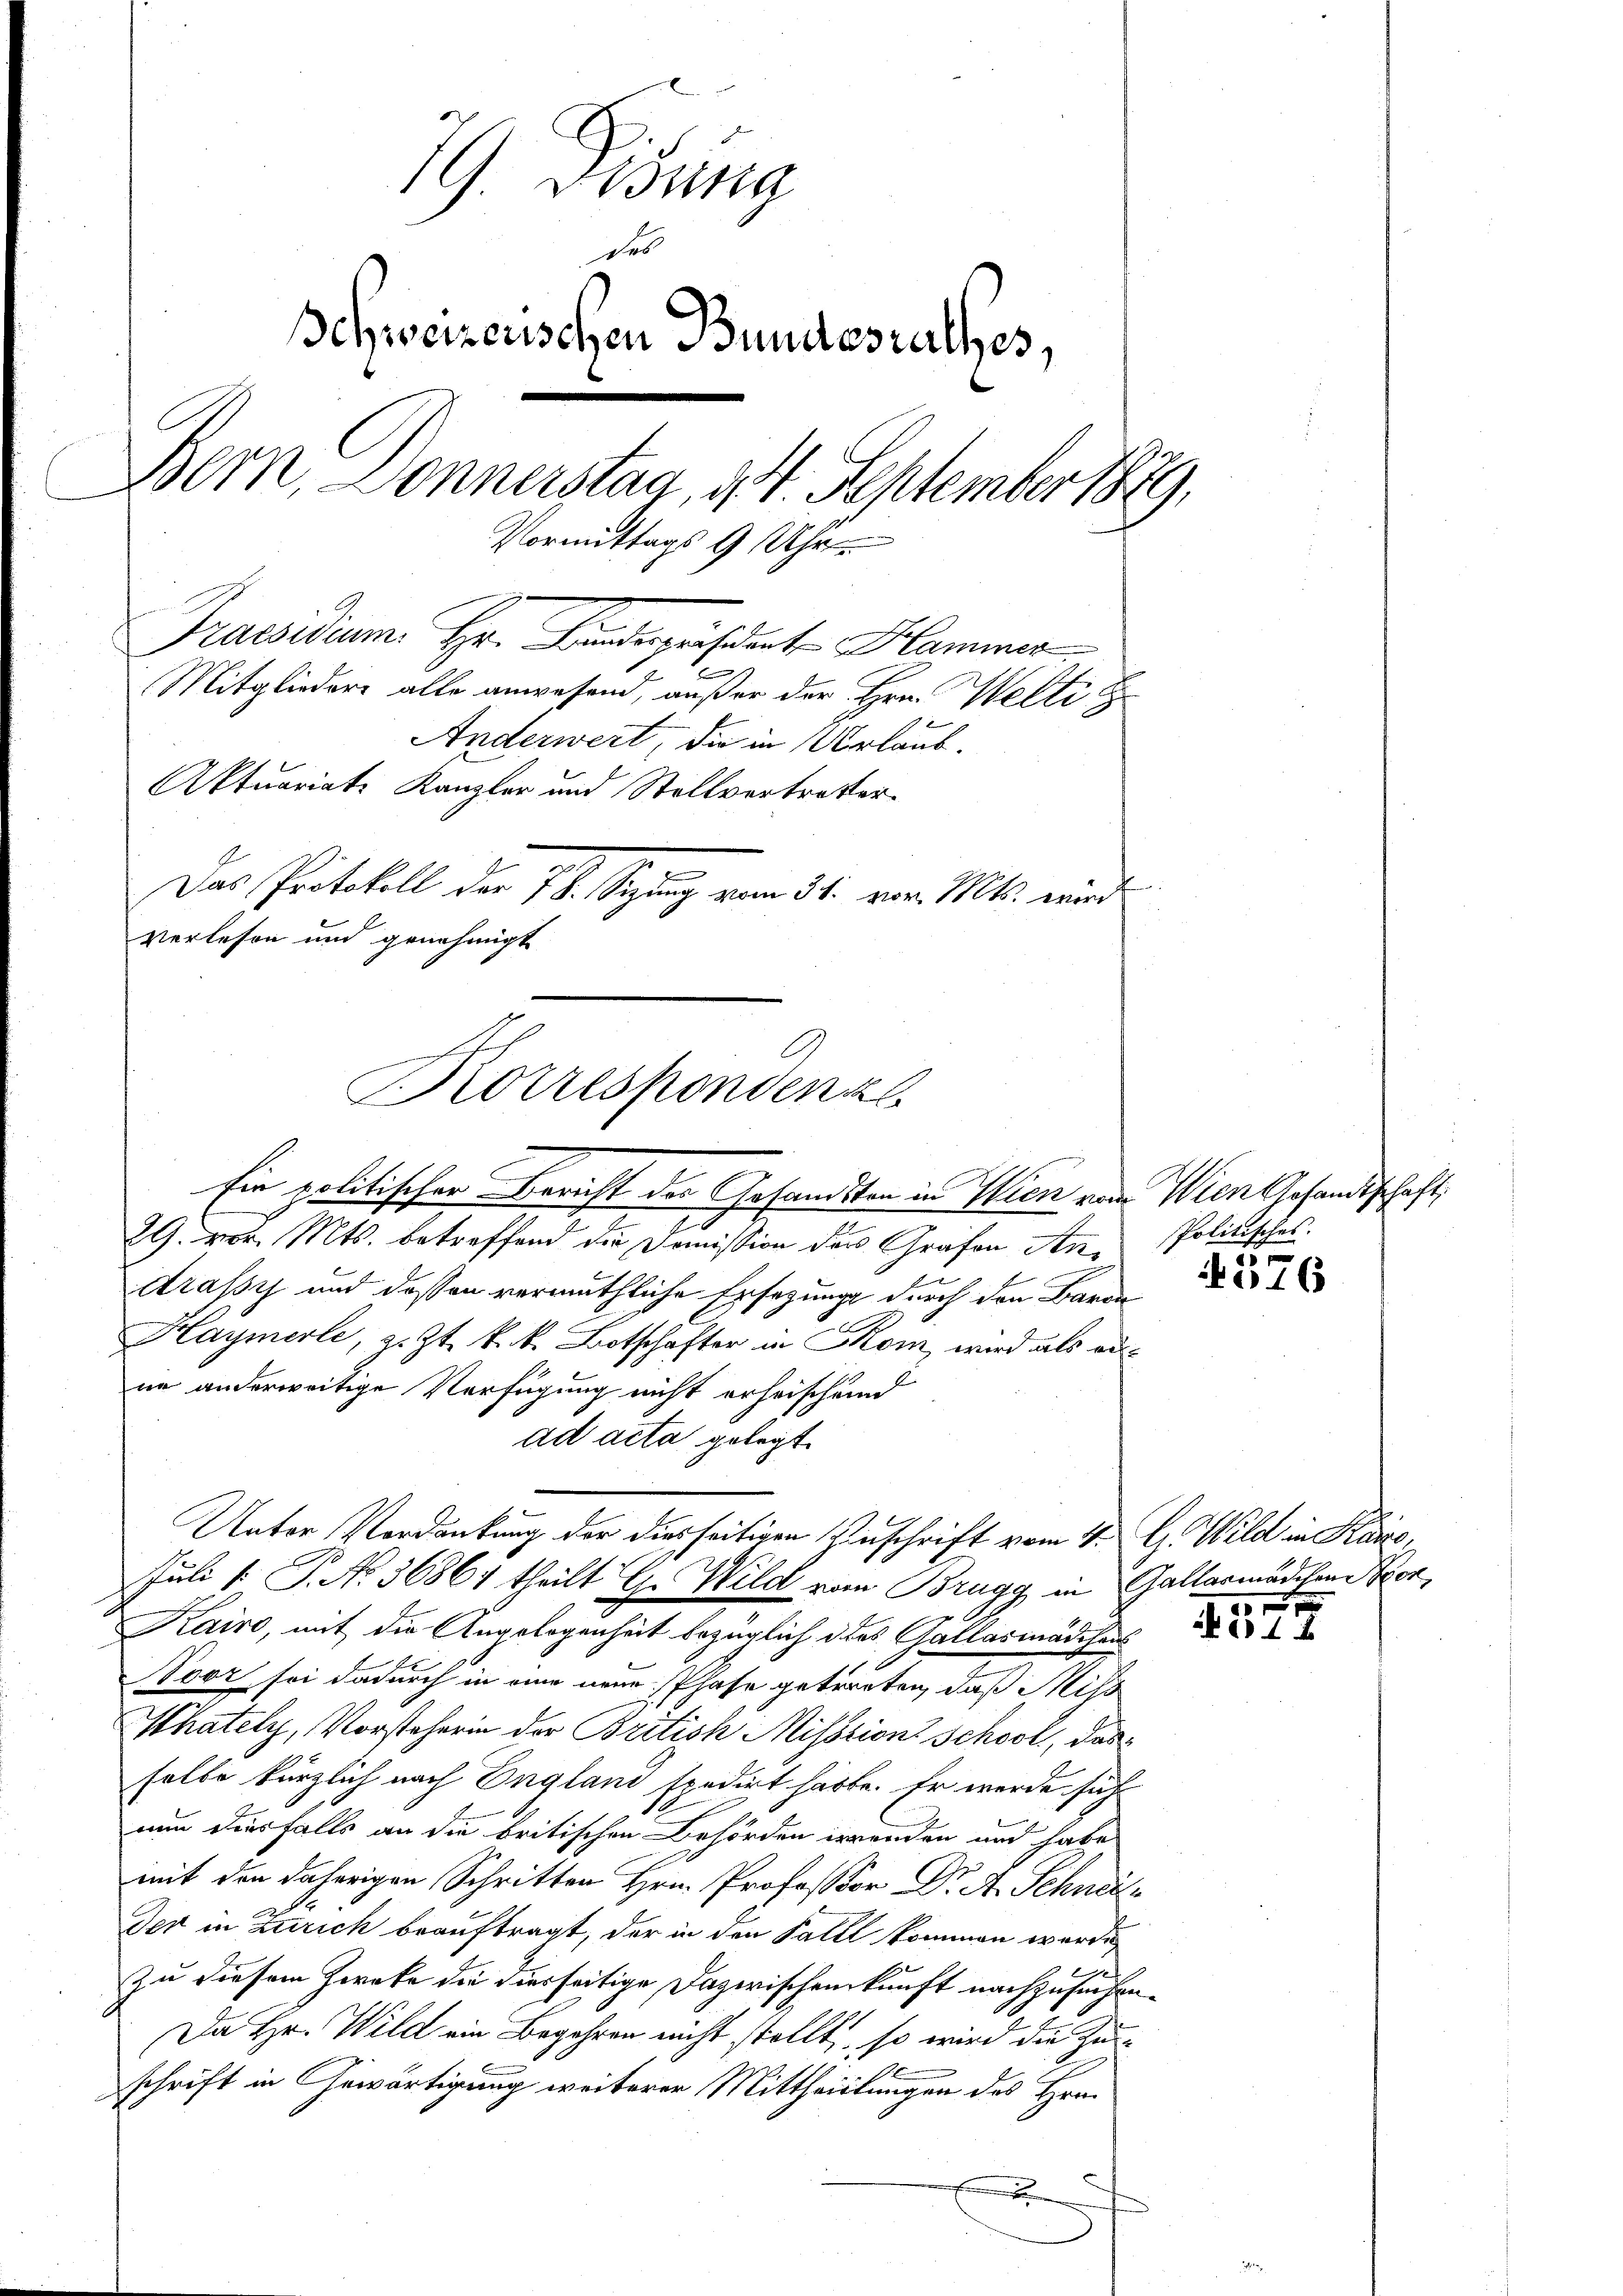
79. Disung
Frs
Schweizerischen Bundesrathes,
Bern, Donnerstag, d. 4. September 1879,
Vormittags 9 Uhr
Praesidium. Hr. Findeprisert Hammer
e
Mitgliedere alle anwesend, außer der Hrn. Welti
Anderwert, die in Urlaub.
Aktuariats Kanzler und Stellvertretter
n
Das Protokoll der 78. Signung vom 31. vor. Mts. wurd
verlesen und genehmigt
Korrespondenz

Ein politischen Bericht der Gesandten in Wien von Wien Gesandtschaft,
29. vor. Mts. betreffend die Domission des Grafen An¬
Arassy und dessen vermuthliche Ersezung durch den Barr
Haymerle, z. Zt. k. k. Botschafter in Kom, wird als ausne anderweitige Verfügung nicht erheischend
ad acta gelegt.
Juli [: P. No. 36861 theilt G. Wild vom Brugg in Gallarmädchen von
Kairo, mit die Angelegenheit bezüglich dies Gallasmädchens
Voor sei dadurch in eine neue Phase getreten, daß Miss
Khately, Vorsteherin der British Misstions School, das
solte kürzlich nach England spedirt hatte. Er werde sich
nun diesfalls an die britischen Behörden irrenden und habe
mit den daherigen Schritten Hrn. Professor Dr. A. Schnete
Jer in Zürich beauftragt, der in den Fall kommen werde,
i
zu diesem Zwecke die diesseitige Dazwischenkunft nachzusuchen¬
Da Hr. Wild ein Begehren nicht stellt, so wird die Zu
schrift in Gewärtigung weiterer Mittheilungen des Hra¬

Unter Verdankung der diesseitigen Zuschrift vom 4. G. Wild in Kaise,

Politisches.

16

x
i1 x